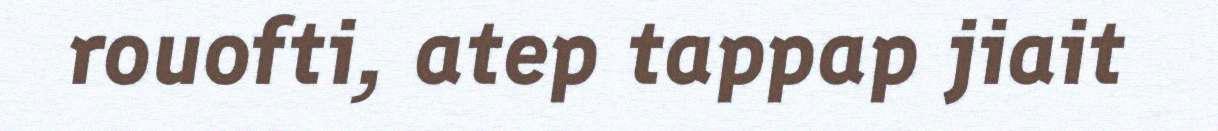
rouofti, atep tappap jiait